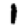
Digit: 1